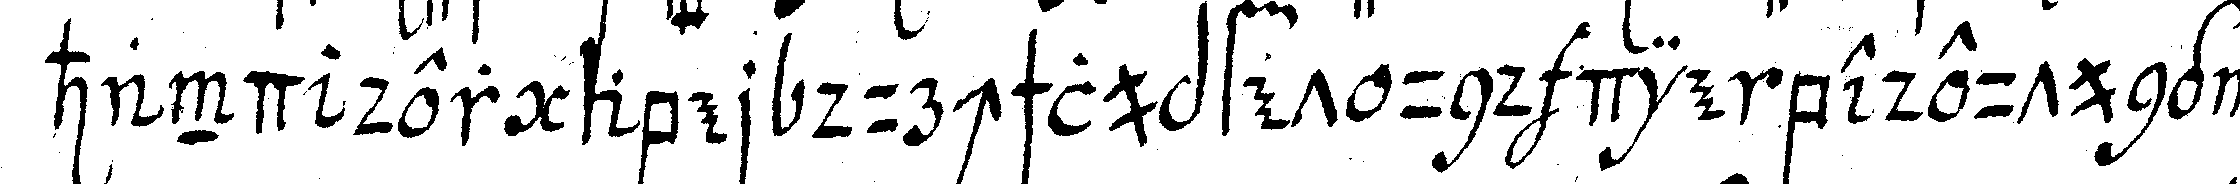
hand der aber durchschlupfet und die bedeutung